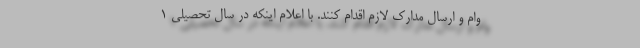
وام و ارسال مدارک لازم اقدام کنند. با اعلام اینکه در سال تحصیلی ۱